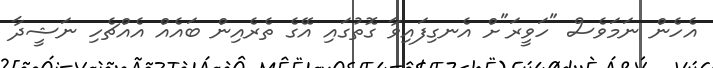
އެހެން ނަމަވެސް "ހަވީރަ"ށް އެނގިފަައިވާ ގޮތުގައި އޭގެ ތެރެއިން ބައެއް އެއްޗެހި ނަޝީދާ